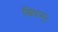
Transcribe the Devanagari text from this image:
स्विदम्।